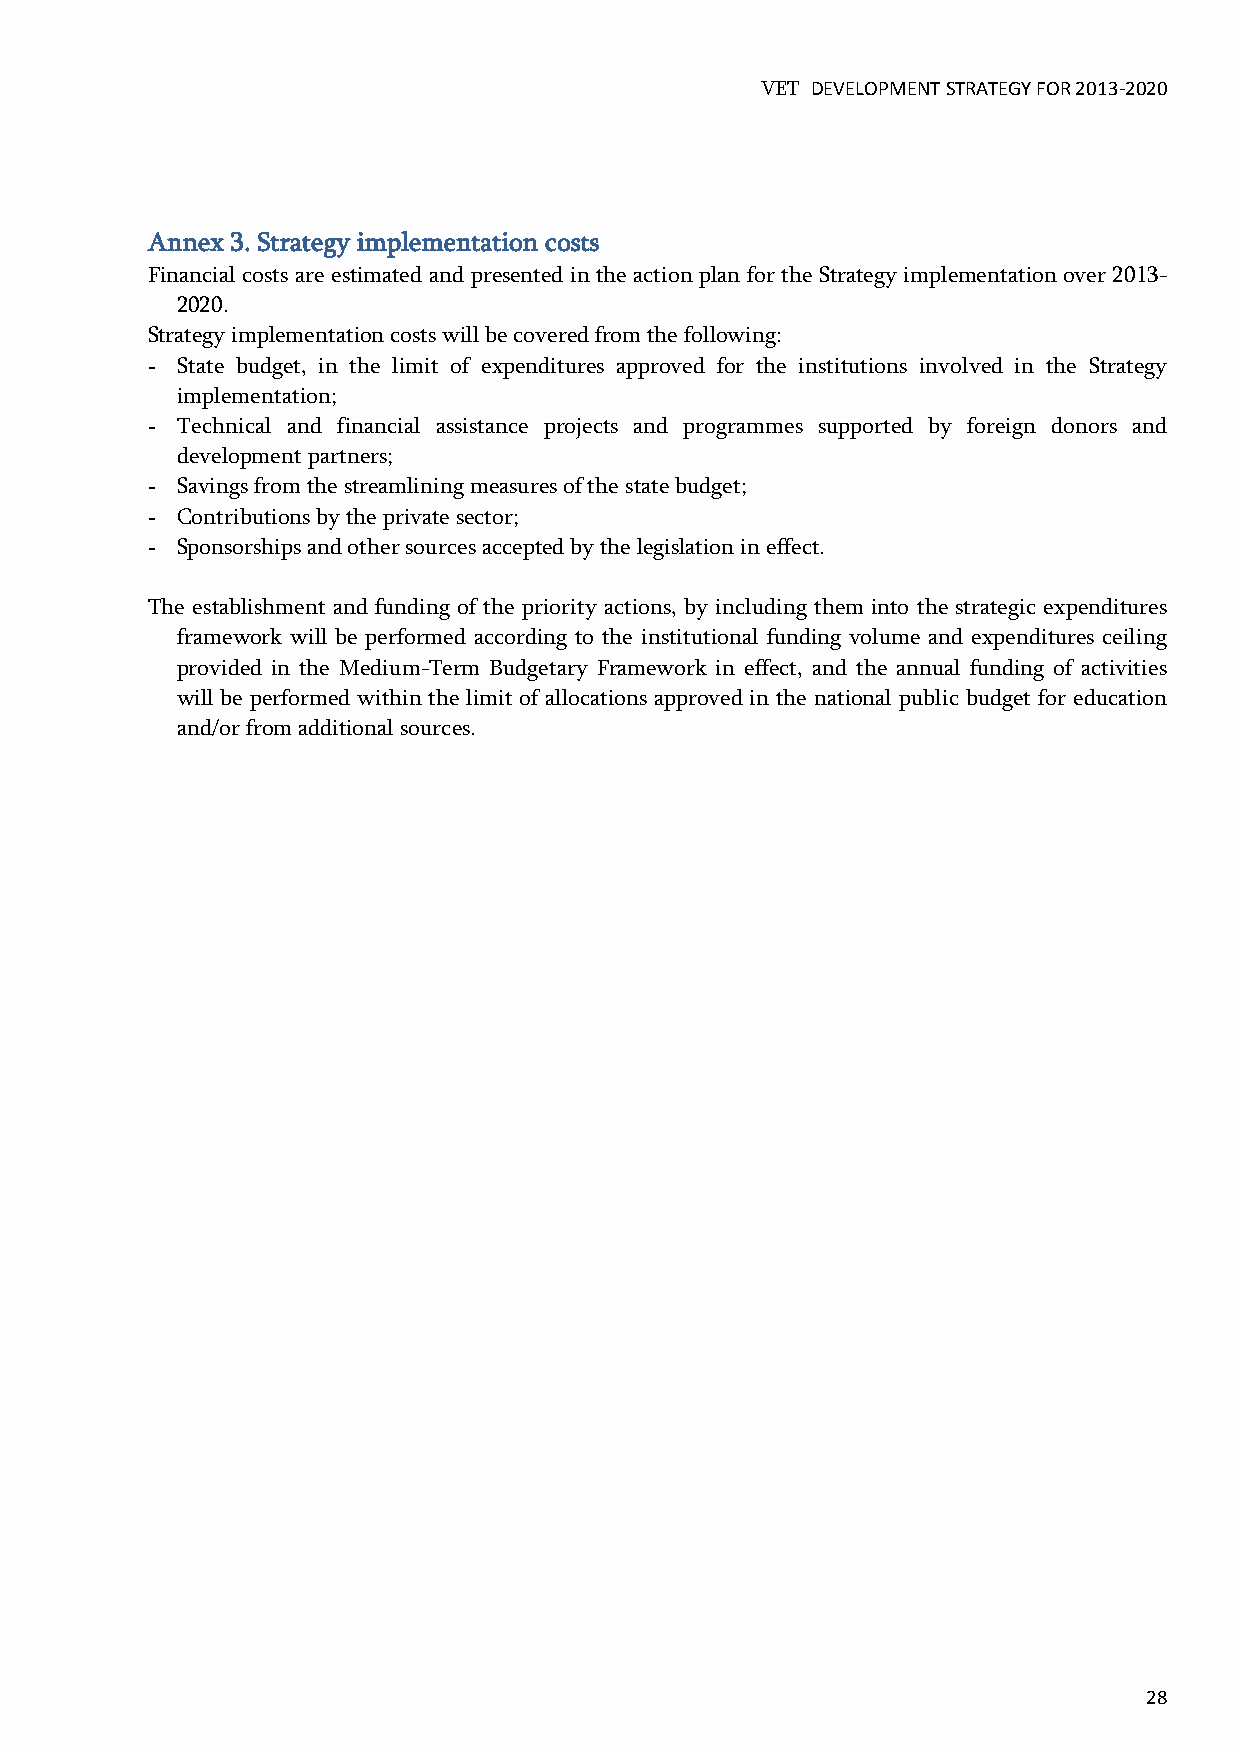
VET DEVELOPMENT STRATEGY FOR 2013-2020
 Annex 3. Strategy implementation costs
 Financial costs are estimated and presented in the action plan for the Strategy implementation over 2013-
 2020.
 Strategy implementation costs will be covered from the following:
 - State budget, in the limit of expenditures approved for the institutions involved in the Strategy
 implementation;
 - Technical and financial assistance projects and programmes supported by foreign donors and
 development partners;
 - Savings from the streamlining measures of the state budget;
 - Contributions by the private sector;
 - Sponsorships and other sources accepted by the legislation in effect.
 The establishment and funding of the priority actions, by including them into the strategic expenditures
 framework will be performed according to the institutional funding volume and expenditures ceiling
 provided in the Medium-Term Budgetary Framework in effect, and the annual funding of activities
 will be performed within the limit of allocations approved in the national public budget for education
 and/or from additional sources.
 28